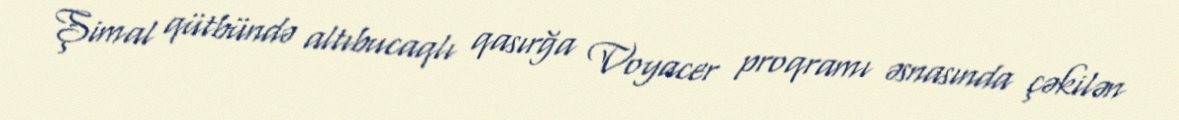
Şimal qütbündə altıbucaqlı qasırğa Voyacer proqramı əsnasında çəkilən